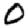
Digit: 0